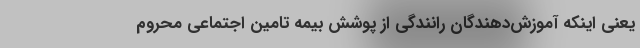
یعنی اینکه آموزش‌دهندگان رانندگی از پوشش بیمه تامین اجتماعی محروم